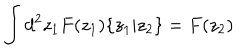
LaTeX: \int d ^ { 2 } z _ { 1 } F ( z _ { 1 } ) \{ z _ { 1 } | z _ { 2 } \} = F ( z _ { 2 } )